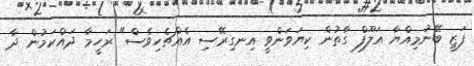
ފަޒީ ބޭނުމިއްޔާ އަލޫފް ގާތުން ކިޔަވަންވީ އިނގިރޭސި އެއްޗެހިވެސް" ރަހީމާ ދައްކަމުން ދާ